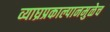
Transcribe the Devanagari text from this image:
व्याघ्रप्रकाल्पानमुळेच